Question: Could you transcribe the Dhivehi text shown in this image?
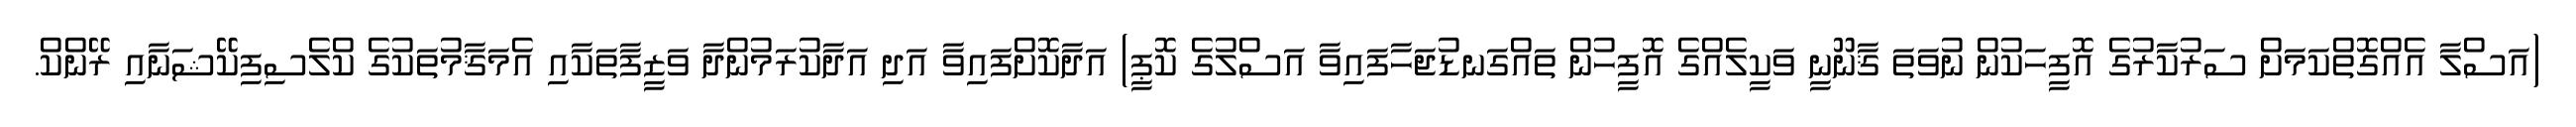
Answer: (އަސްލާ އެއްގޮތްކަމަށް ސަރުކާރުގެ އޮފީހަކުން ނުވަތަ ޤާނޫނީ ވަކީލެއްގެ އޮފީހުން ތައްގަނޑުޖަހާފައިވާ އަސްލުގެ ކޮޕީ) އަދާކޮށްފައިވާ އަދި އަދާކުރަމުންދާ ވަޒީފާތަކާއި އެމަޤާމުތަކުގެ ކްލެސިފިކޭޝަނާއި ރޭންކް.